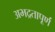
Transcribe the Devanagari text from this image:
अभद्रतापूर्ण